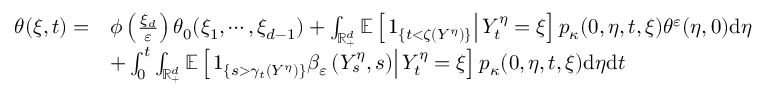
\begin{array} { r l } { \theta ( \xi , t ) = } & { \phi \left( \frac { \xi _ { d } } { \varepsilon } \right) \theta _ { 0 } ( \xi _ { 1 } , \cdots , \xi _ { d - 1 } ) + \int _ { \mathbb { R } _ { + } ^ { d } } \mathbb { E } \left[ \left. 1 _ { \{ t < \zeta ( Y ^ { \eta } ) \} } \right| Y _ { t } ^ { \eta } = \xi \right] p _ { \kappa } ( 0 , \eta , t , \xi ) \theta ^ { \varepsilon } ( \eta , 0 ) \mathrm { d } \eta } \\ & { + \int _ { 0 } ^ { t } \int _ { \mathbb { R } _ { + } ^ { d } } \mathbb { E } \left[ \left. 1 _ { \left\{ s > \gamma _ { t } ( Y ^ { \eta } ) \right\} } \beta _ { \varepsilon } \left( Y _ { s } ^ { \eta } , s \right) \right| Y _ { t } ^ { \eta } = \xi \right] p _ { \kappa } ( 0 , \eta , t , \xi ) \mathrm { d } \eta \mathrm { d } t } \end{array}